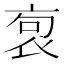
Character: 𧙎